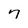
Character: 7